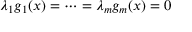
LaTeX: \lambda _ { 1 } g _ { 1 } ( x ) = \cdots = \lambda _ { m } g _ { m } ( x ) = 0